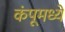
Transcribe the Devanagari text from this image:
कंपूमध्ये